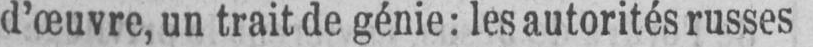
d’œuvre, un trait de génie: les autorités russes